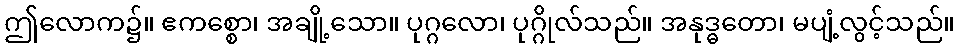
ဤလောက၌။ ဧကစ္စော၊ အချို့သော။ ပုဂ္ဂလော၊ ပုဂ္ဂိုလ်သည်။ အနုဒ္ဓတော၊ မပျံ့လွင့်သည်။